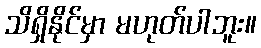
သိရှိနိုင်မှာ မဟုတ်ပါဘူး။